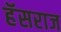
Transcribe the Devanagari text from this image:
हॅसराज